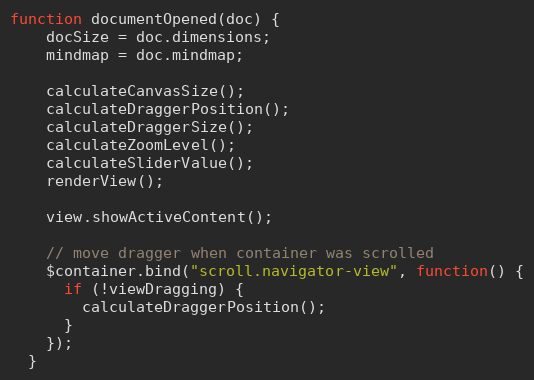
Language: JavaScript
function documentOpened(doc) {
    docSize = doc.dimensions;
    mindmap = doc.mindmap;

    calculateCanvasSize();
    calculateDraggerPosition();
    calculateDraggerSize();
    calculateZoomLevel();
    calculateSliderValue();
    renderView();

    view.showActiveContent();

    // move dragger when container was scrolled
    $container.bind("scroll.navigator-view", function() {
      if (!viewDragging) {
        calculateDraggerPosition();
      }
    });
  }